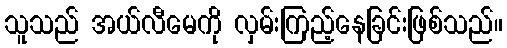
သူသည် အယ်လီမေကို လှမ်းကြည့်နေခြင်းဖြစ်သည်။